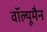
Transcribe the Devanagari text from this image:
वॉल्यूमैन